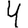
Digit: 4